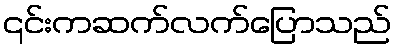
၎င်းကဆက်လက်ပြောသည်